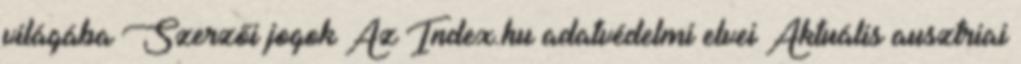
világába Szerzői jogok Az Index.hu adatvédelmi elvei Aktuális ausztriai